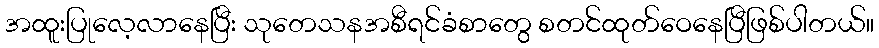
အထူးပြုလေ့လာနေပြီး သုတေသနအစီရင်ခံစာတွေ စတင်ထုတ်ဝေနေပြီဖြစ်ပါတယ်။